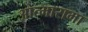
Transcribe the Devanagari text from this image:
आत्मारामा